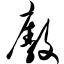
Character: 廒